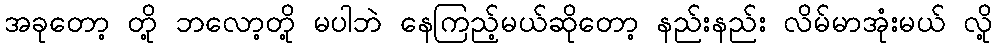
အခုတော့ တို့ ဘလော့တို့ မပါဘဲ နေကြည့်မယ်ဆိုတော့ နည်းနည်း လိမ်မာအုံးမယ် လို့